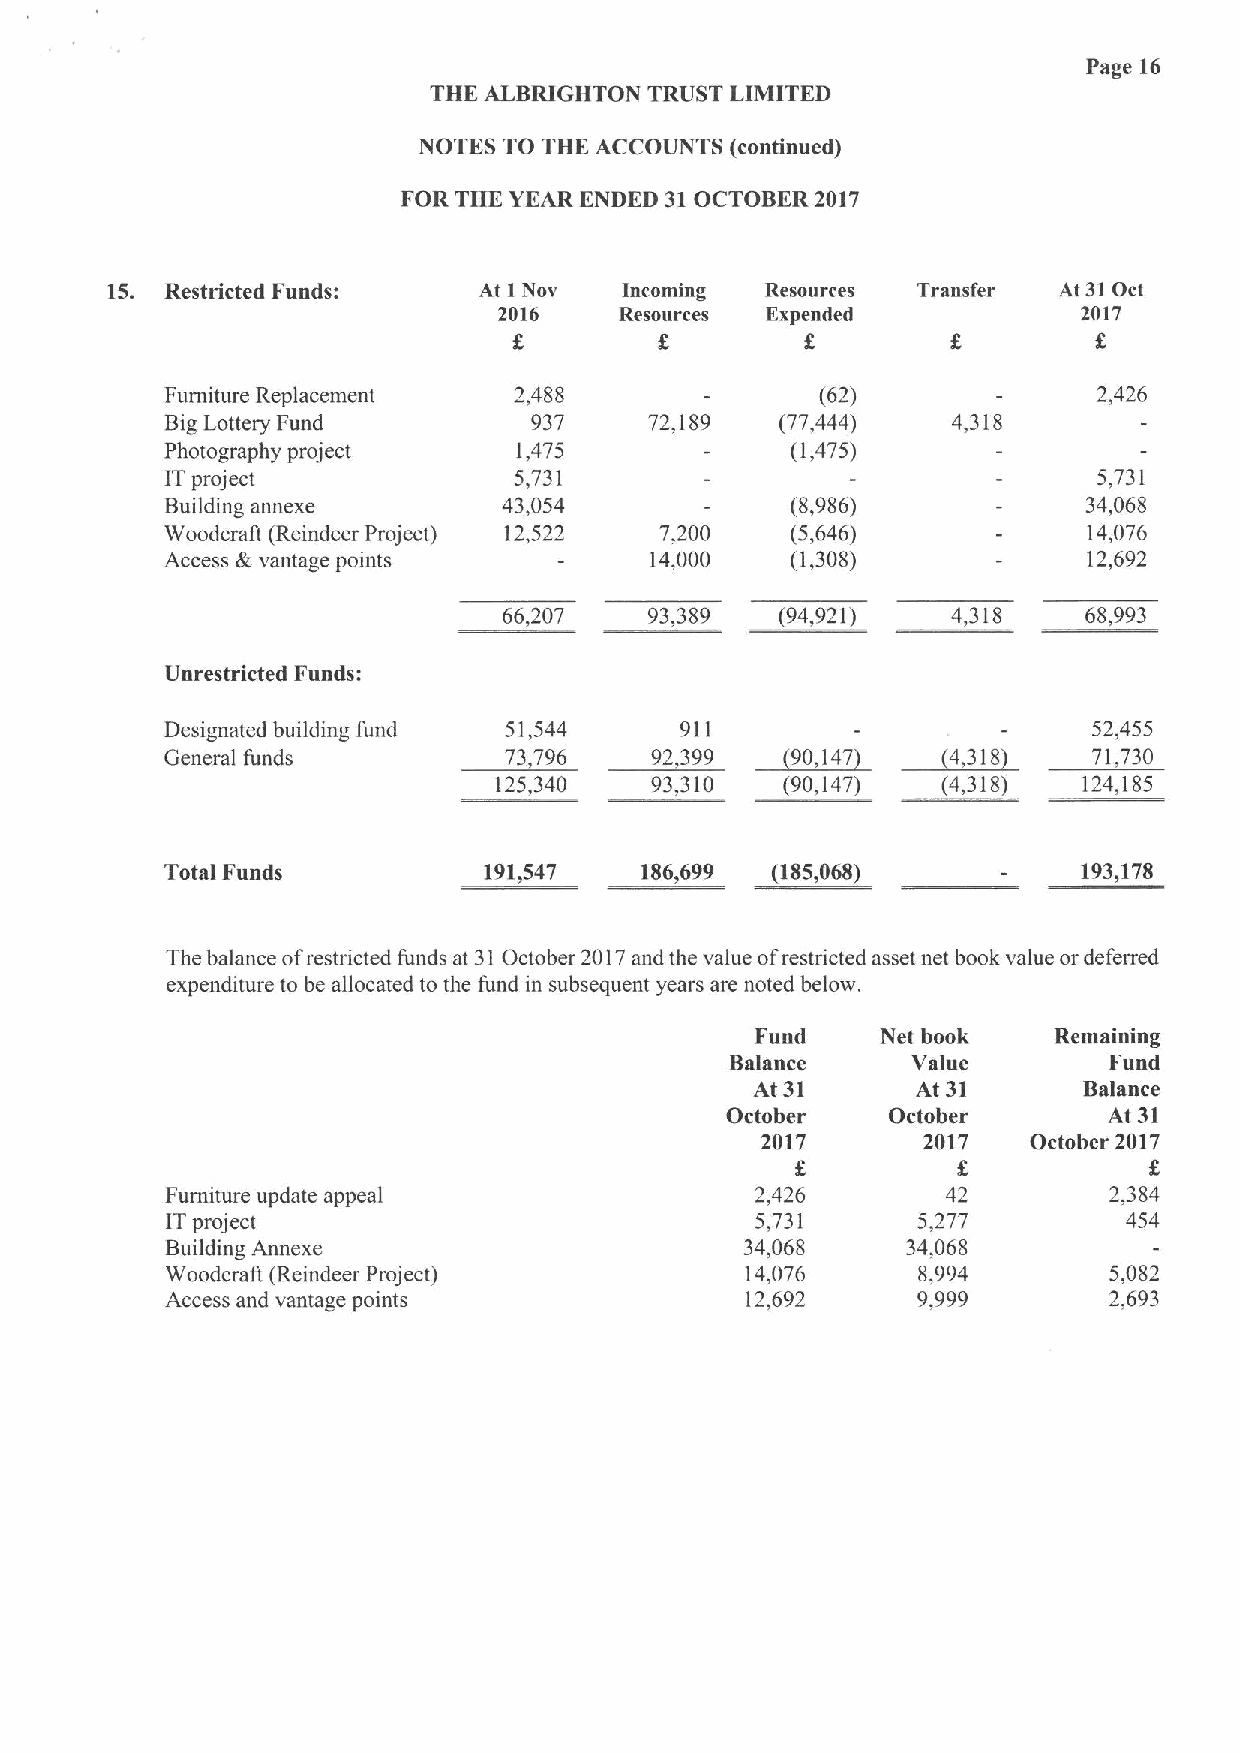
Page 16
 THK ALBRIGHTON TRUST LIMITED
 NOTES TO THK ACCOUNTS (continued)
 FOR THK YEAR ENDED 31OCTOBER 2017
 15. Restricted Funds:    At I Nov Incoming  Resources Transfer At 31Oct
 2016    Resources Expended             2017
 E
 Furniture Replacement  2,488               (62)               2,426
 Big Lottery Fund        937     72,189   (77,444)   4,318
 Photography project    1,475             (1,475)
 ITproject              5,731                                  5,731
 Building annexe       43,054             (8,986)             34,068
 Woodcraft (Reindeer Project) 12,522 7,200 (5,646)            14,076
 Access &vantage points          14,000   (1,308)             12,692
 66,207    93,389   (94,921)   4,318    68,993
 Unrestricted Funds:
 Designated building fund 51,544   911            ~4,         52,455
 ~90,
 General funds         73,796    92,399     147       378     71,730
 125,340   93,310   (90,147)  (4,318)   124,185
 Total Funds          191,547   186,699  (185,068)            193,178
 The balance ofrestricted funds at 31October 2017and the value ofrestricted asset net book value or deferred
 expenditure to be allocated to the fund in subsequent years are noted below.
 Fund    Net book    Remaining
 Balance     Value        Fund
 At 31      At 31      Balance
 October    October       At 31
 2017       2017   October 2017
 E                      E
 Furniture update appeal                2,426        42        2,384
 ITproject                              5,731      5,277         454
 Building Annexe                       34,068     34,068
 Woodcraft (Reindeer Project)          14,076      8,994       5,082
 Access and vantage points             12,692      9999        2,693